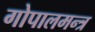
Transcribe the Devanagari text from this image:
गोपालमन्त्र